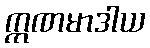
ဣဏမာဒါယ